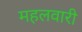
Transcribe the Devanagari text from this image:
महलवारी